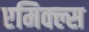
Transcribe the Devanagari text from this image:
एमिक्ल्स